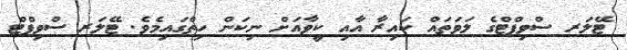
ޓޭލަރ ސްވިފްޓްގެ ލަވަތައް ކައިރާ އާއި ކީވާއަށް ނިކަން ހިތްގައިމެވެ. ޓޭލަރ ސްވިފްޓް